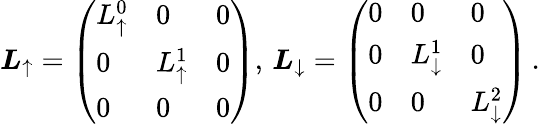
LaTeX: \begin{array}{r}{\boldsymbol{L}_{\uparrow}=\left(\begin{array}{lll}{L_{\uparrow}^{0}}&{0}&{0}\\ {0}&{L_{\uparrow}^{1}}&{0}\\ {0}&{0}&{0}\end{array}\right),\, \boldsymbol{L}_{\downarrow}=\left(\begin{array}{lll}{0}&{0}&{0}\\ {0}&{L_{\downarrow}^{1}}&{0}\\ {0}&{0}&{L_{\downarrow}^{2}}\end{array}\right)\, .}\end{array}